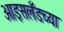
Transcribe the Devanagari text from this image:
आइसलँडच्या